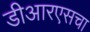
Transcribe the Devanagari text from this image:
डीआरएसचा